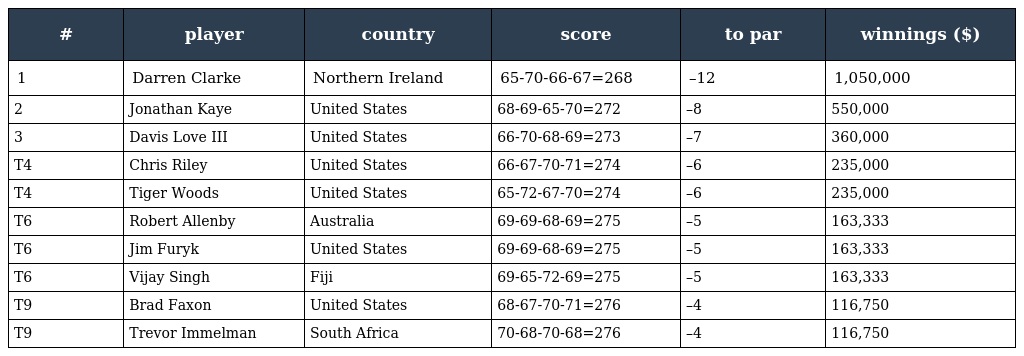
| # | player | country | score | to par | winnings ($) |
 | --- | --- | --- | --- | --- | --- |
 | 1 | Darren Clarke | Northern Ireland | 65-70-66-67=268 | –12 | 1,050,000 |
 | 2 | Jonathan Kaye | United States | 68-69-65-70=272 | –8 | 550,000 |
 | 3 | Davis Love III | United States | 66-70-68-69=273 | –7 | 360,000 |
 | T4 | Chris Riley | United States | 66-67-70-71=274 | –6 | 235,000 |
 | T4 | Tiger Woods | United States | 65-72-67-70=274 | –6 | 235,000 |
 | T6 | Robert Allenby | Australia | 69-69-68-69=275 | –5 | 163,333 |
 | T6 | Jim Furyk | United States | 69-69-68-69=275 | –5 | 163,333 |
 | T6 | Vijay Singh | Fiji | 69-65-72-69=275 | –5 | 163,333 |
 | T9 | Brad Faxon | United States | 68-67-70-71=276 | –4 | 116,750 |
 | T9 | Trevor Immelman | South Africa | 70-68-70-68=276 | –4 | 116,750 |